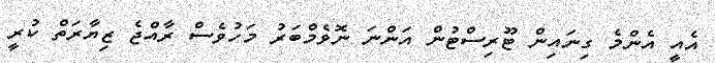
އެއީ އެންމެ ގިނައިން ޓޫރިސްޓުން އަންނަ ނޮވެމްބަރު މަހުވެސް ރާއްޖެ ޒިޔާރަތް ކުރީ